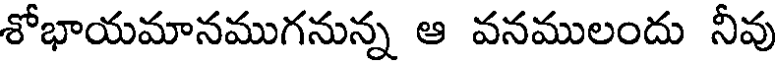
శోభాయమానముగనున్న ఆ వనములందు నీవు